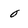
Character: O